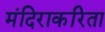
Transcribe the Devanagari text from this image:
मंदिराकरिता